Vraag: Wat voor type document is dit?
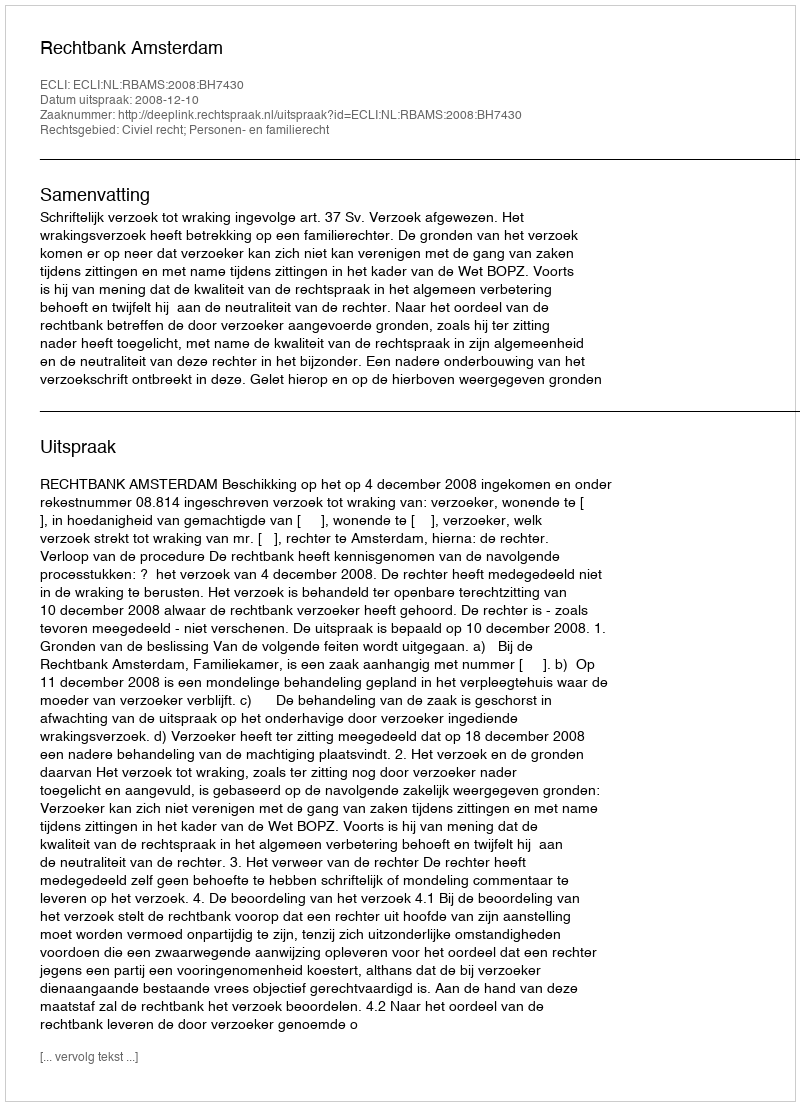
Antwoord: Uitspraak